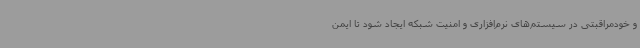
و خودمراقبتی در سیستم‌های نرم‌افزاری و امنیت شبکه ایجاد شود تا ایمن